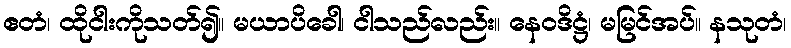
ဧတံ၊ ထိုငါးကိုသတ်၍။ မယာပိခေါ၊ ငါသည်လည်း။ နေဝဒိဋ္ဌံ၊ မမြင်အပ်။ နသုတံ၊